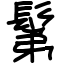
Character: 鬀